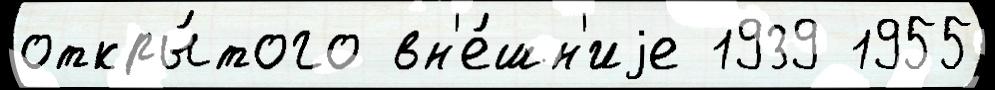
откры́того вн'е́шн'иjе 1939 1955